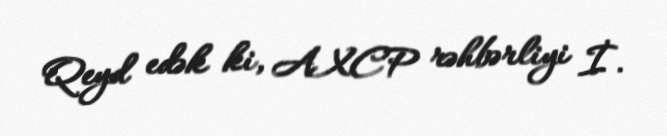
Qeyd edək ki, AXCP rəhbərliyi İ.